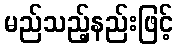
မည်သည့်နည်းဖြင့်